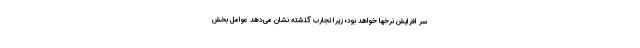
سر افزایش نرخها خواهد بود؛ زیرا تجارب گذشته نشان می‌دهد عوامل بخش